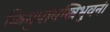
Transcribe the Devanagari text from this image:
किमुपायस्त्रिभुवनं।